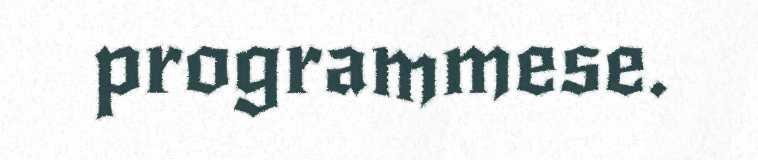
programmese.